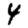
Digit: 4